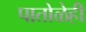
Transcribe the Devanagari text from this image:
पातोळेही